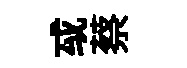
㦯蔡